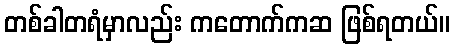
တစ်ခါတရံမှာလည်း ကတောက်ကဆ ဖြစ်ရတယ်။